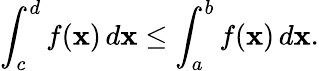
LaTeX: \int_{c}^{d}f(\mathbf{x})\, d\mathbf{x}\leq\int_{a}^{b}f(\mathbf{x})\, d\mathbf{x}.